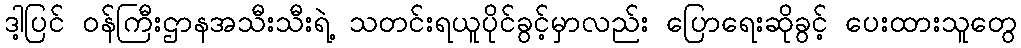
ဒါ့ပြင် ဝန်ကြီးဌာနအသီးသီးရဲ့ သတင်းရယူပိုင်ခွင့်မှာလည်း ပြောရေးဆိုခွင့် ပေးထားသူတွေ